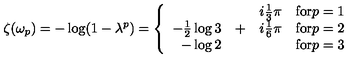
\zeta ( \omega _ { p } ) = - \log ( 1 - \lambda ^ { p } ) = \left\{ \begin{array} { r c l l } { } & { } & { i \frac 1 3 \pi } & { \mathrm { f o r } p = 1 } \\ { - \frac 1 2 \log 3 } & { + } & { i \frac 1 6 \pi } & { \mathrm { f o r } p = 2 } \\ { - \log 2 } & { } & { } & { \mathrm { f o r } p = 3 } \\ \end{array} \right.